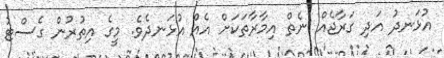
އުޅަނދު އަދި ގަރާޖެއް ނެތް އިމާރާތަކަށް އެއް އުޅަނދެވެ. މީގެ އިތުރުން ގެސްޓު